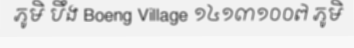
ភូមិ បឹង Boeng Village ១៤១៣១០០៧ ភូមិ